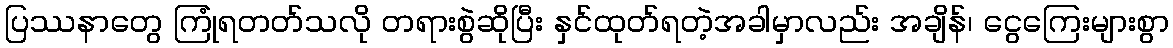
ပြဿနာတွေ ကြုံရတတ်သလို တရားစွဲဆိုပြီး နှင်ထုတ်ရတဲ့အခါမှာလည်း အချိန်၊ ငွေကြေးများစွာ